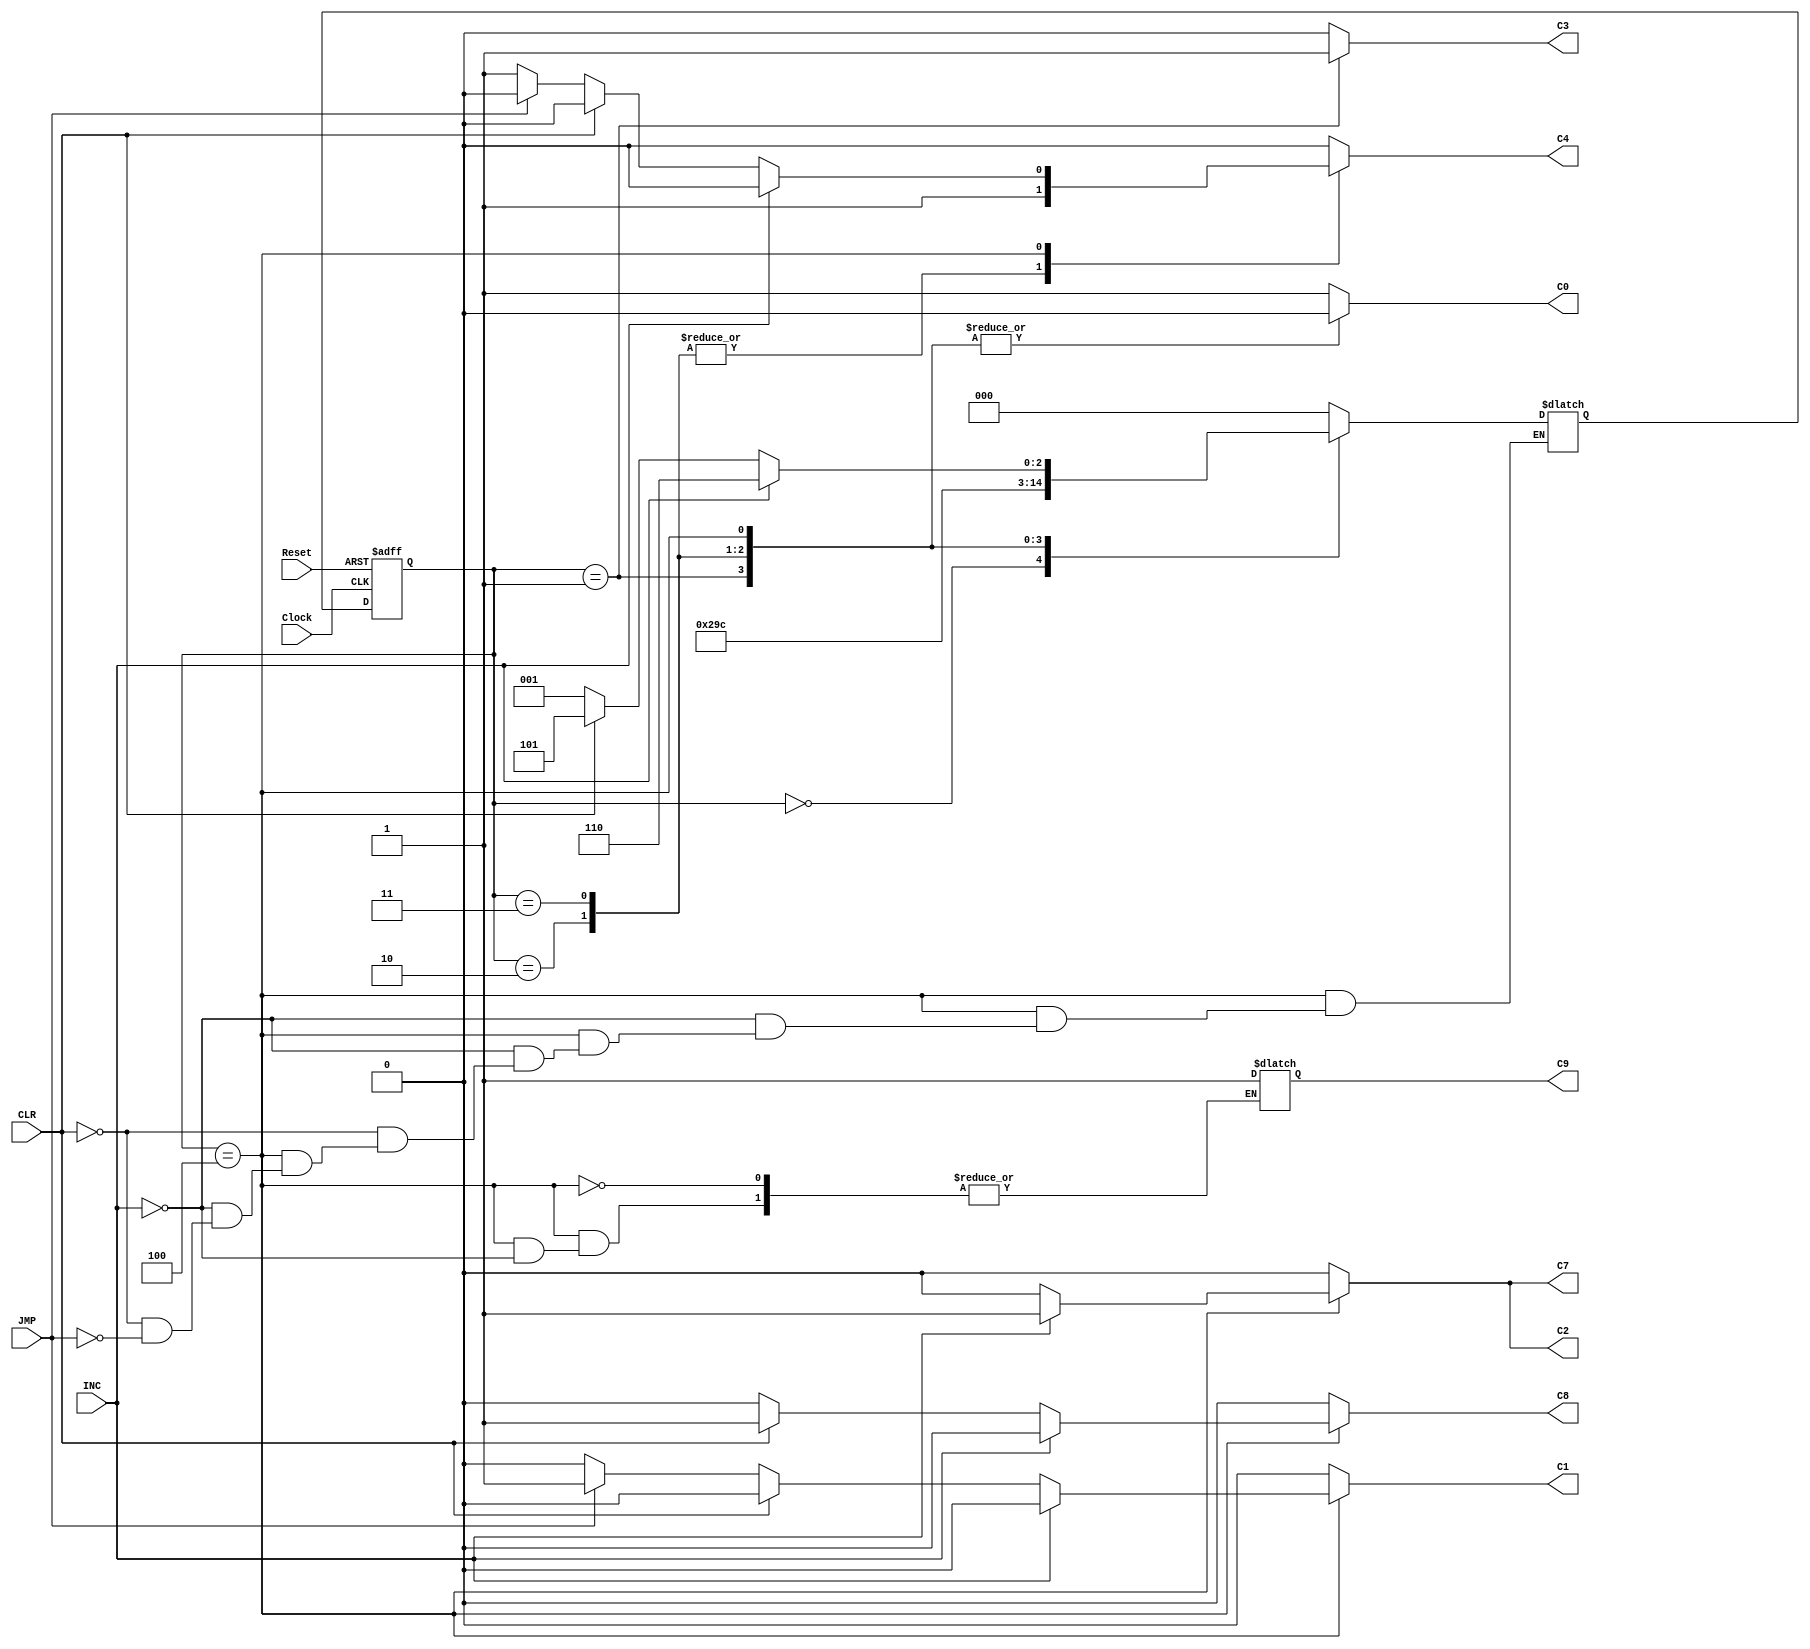
// Verilog Behavioral Model of A ID Controller which fetches the signals and
// executes 3 intstructions - INC, CLR, and JMP
// (Increment, Clear, and Jump instructions)


// The opcodes for the 3 commands are:
// INC opcode = 0110 = 6
// CLR opcode = 0111 = 7
// JMP opcode = 1000 = 8

module ThreeController (INC, CLR, JMP, Clock, Reset, C0, C1, C2, C3, C4, C7, C8, C9);
	input INC, CLR, JMP, Clock, Reset; //declare input variables
	output reg C0, C1, C2, C3, C4, C7, C8, C9; //declare output signals
	reg [2:0] state, nextstate; //declare state and next state variables
	
	parameter A=4'b0, B=4'b1, C=4'b10, D=4'b11, E=4'b100, F=4'b110, G=4'b101, H=4'b111;
		always @ (posedge Clock, negedge Reset) //Detect input variable transitions
			if (Reset == 1'b0) state <= A; //Take controller to state A on Reset
				else state <= nextstate; //Change state
		always @ (state) //Derive next state and outputs according to state diagram
			case (state)
				// State A, C0 = 1
				A: begin nextstate=B; C0=1'b1; C1 = 1'b0; C2 = 1'b0; C3 = 1'b0; C4 = 1'b0; 
				C7 = 1'b0; C8 = 1'b0; end
				
				// State B, C3 = 1
				B: begin nextstate=C; C0=1'b0; C1 = 1'b0; C2 = 1'b0; C3 = 1'b1; C4 = 1'b0; 
				C7 = 1'b0; C8 = 1'b0;
				 end
				
				// State C, C4 = 1
				C: begin nextstate=D; C0=1'b0; C1 = 1'b0; C2 = 1'b0; C3 = 1'b0; C4 = 1'b1; 
				C7 = 1'b0; C8 = 1'b0;
				 end
				
				// State D, C4 = 1
				D: begin nextstate=E; C0=1'b0; C1 = 1'b0; C2 = 1'b0; C3 = 1'b0; C4 = 1'b1; 
				C7 = 1'b0; C8 = 1'b0;
				 end
				
				// State E, C2 = C7 = 1
				E: 
					begin //beginning of state E case statement
						C0=1'b0; C1 = 1'b0; C2 = 1'b0; C3 = 1'b0; C4 = 1'b1; 
						C7 = 1'b0; C8 = 1'b0;
				
						// Increment Command (INC) opCode=0110; set C2 = 1 (Load PC)
						if (INC)
							begin
							nextstate=F; C0=1'b0; C1 = 1'b0; C2 = 1'b1; C3 = 1'b0; C4 = 1'b0; 
							C7 = 1'b1; C8 = 1'b0; C9 = 1'b1;
							end
					
						// Clear Command (CLR) opCode=0111; set C8 = 1 (Clear Accumulator)
						else if (CLR)
							begin
							nextstate=G; C0=1'b0; C1 = 1'b0; C2 = 1'b0; C3 = 1'b0; C4 = 1'b0; 
							C7 = 1'b0; C8 = 1'b1;
							end
						
						// Jump Command (JMP) opCode=1000; set C1 = 1
						else if(JMP)
							begin
							nextstate=B; C0=1'b0; C1 = 1'b1; C2 = 1'b0; C3 = 1'b0; C4 = 1'b0; 
							C7 = 1'b0; C8 = 1'b0;
							end
						end //end of E case statement
				
				default: begin nextstate=A; C0=1'b1; C1 = 1'b0; C2 = 1'b0; C3 = 1'b0; C4 = 1'b0; 
				C7 = 1'b0; C8 = 1'b0;
				 end
			endcase
endmodule